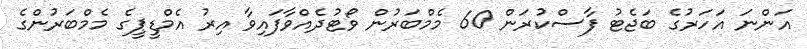
އަންނަ އަހަރުގެ ބަޖެޓު ފާސްކުރަން 60 މެމްބަރުން ވޯޓުދެއްވާފައިވާ އިރު އެމްޑީޕީގެ މެމްބަރުންގެ